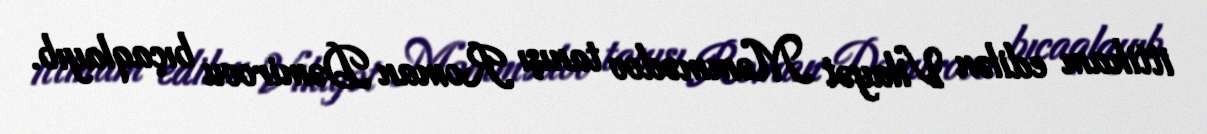
ittiham edilən Vilayət Məmmədov tanışı Roman Dəmirovu bıçaqlayıb.